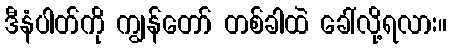
ဒီနံပါတ်ကို ကျွန်တော် တစ်ခါထဲ ခေါ်လို့ရလား။